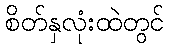
စိတ်နှလုံးထဲတွင်